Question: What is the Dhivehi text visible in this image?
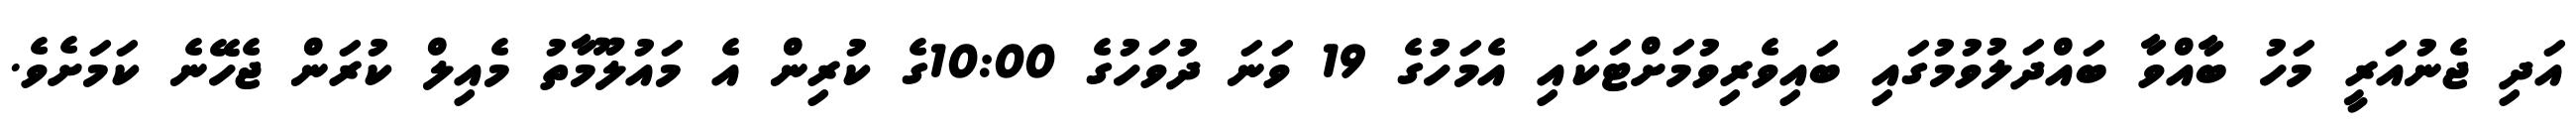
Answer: އަދި ޖެނުއަރީ މަހު ބާއްވާ ބައްދަލުވުމުގައި ބައިވެރިވުމަށްޓަކައި އެމަހުގެ 19 ވަނަ ދުވަހުގެ 10:00ގެ ކުރިން އެ މައުލޫމާތު މެއިލް ކުރަން ޖެހޭނެ ކަމަށެވެ.